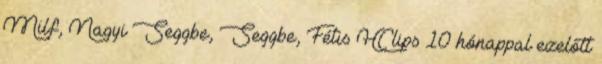
Milf, Nagyi Seggbe, Seggbe, Fétis HClips 10 hónappal ezelőtt